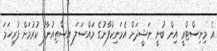
އެ މިނިސްޓްރީ އިން ބުނީ ނަޝީދަށް އެމަނިކުފާނުގެ މައްސަލަ އިސްތިއުނާފު ކުރުމަށް ފުރިހަމަ